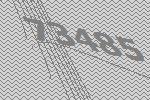
73485